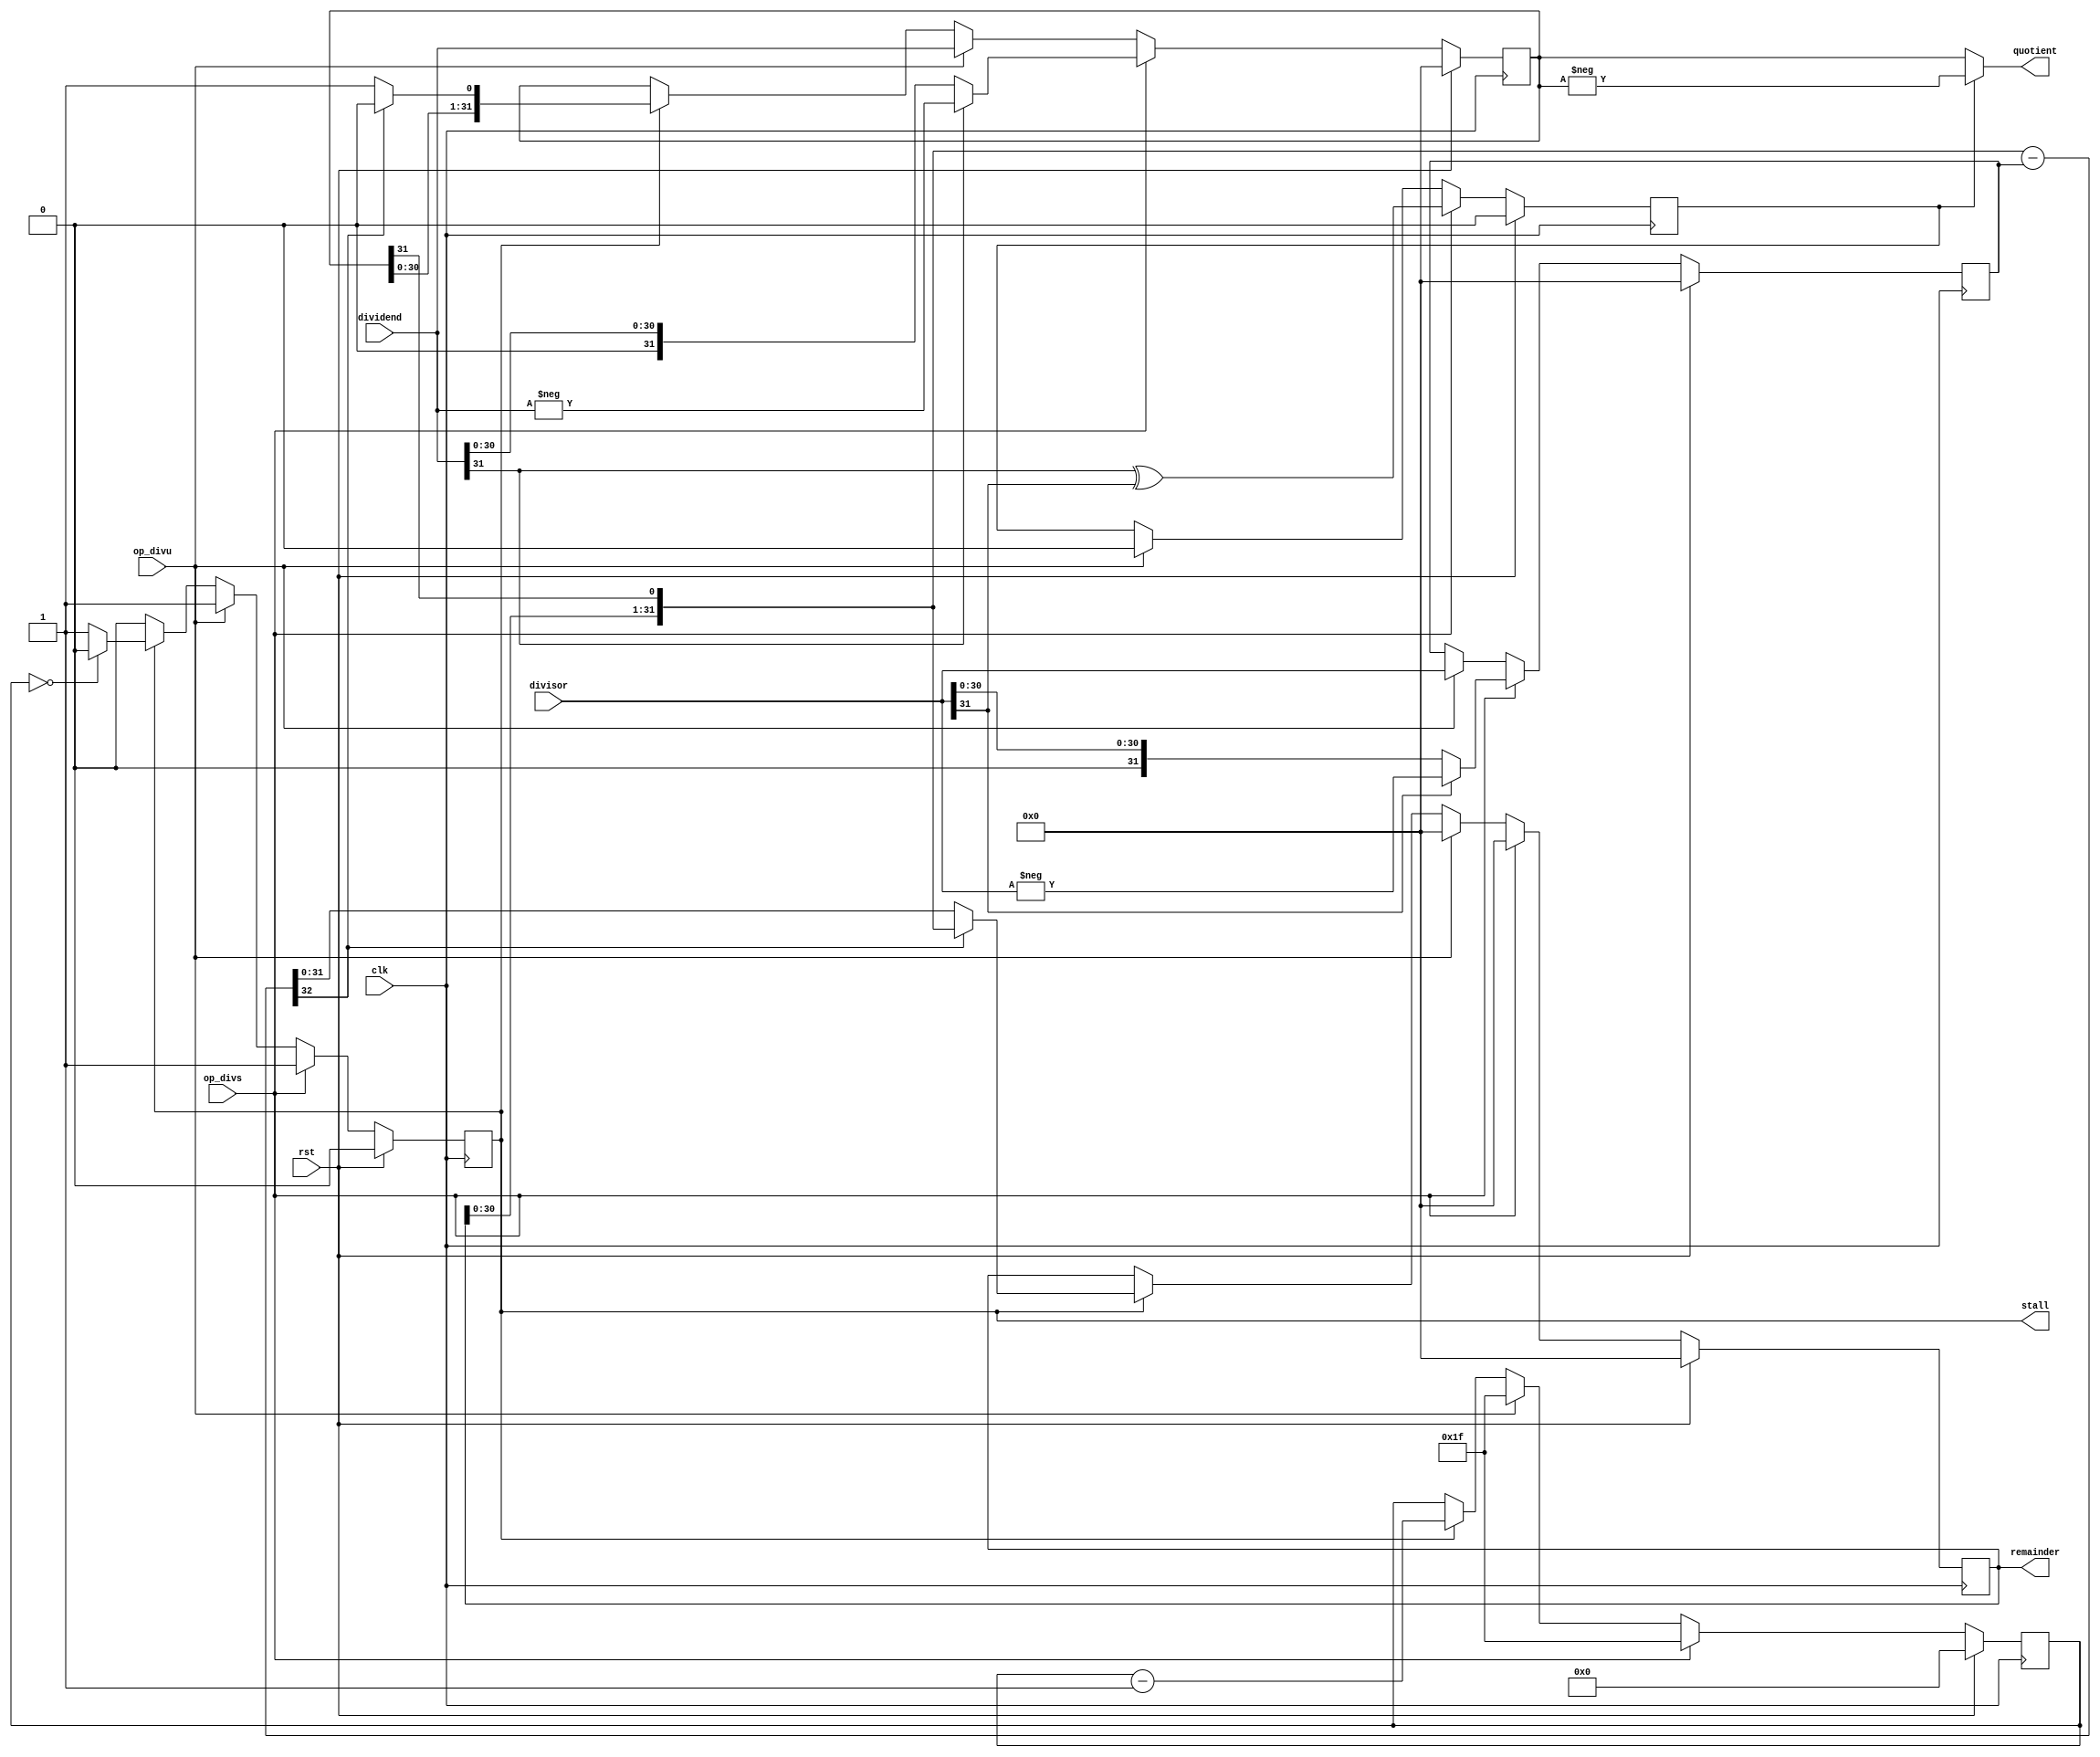
//==================================================================================================
//  Revision      : 1.0
//  Company       : Universidad Simn Bolvar
//
//  Description   : The multi-cycle Divider unit.
//                  op_div and op_divu MUST BE dis-asserted after the setup
//                  cycle for normal operation, or the operation will be
//                  restarted
//                  WARNING: no exception if divisor == 0.
//==================================================================================================

module musb_div(
    input           clk,            // clock
    input           rst,            // reset
    input           op_divs,        // 1 for signed operation
    input           op_divu,        // 1 for unsigned operation
    input   [31:0]  dividend,       // Operand
    input   [31:0]  divisor,        // Operand
    output  [31:0]  quotient,       // Result
    output  [31:0]  remainder,      // Result
    output          stall           // 1 while calculating
    );

    //--------------------------------------------------------------------------
    // Signal Declaration: reg
    //--------------------------------------------------------------------------
    reg             active;             // 1 while running
    reg             neg_result;         // 1 if the result will be negative
    reg     [4:0]   cycle;              // number of cycles needed.
    reg     [31:0]  result;             // Store the result.
    reg     [31:0]  denominator;        // divisor
    reg     [31:0]  residual;           // current remainder

    //--------------------------------------------------------------------------
    // Signal Declaration: wire
    //--------------------------------------------------------------------------
    wire    [32:0]  partial_sub;        // temp

    //--------------------------------------------------------------------------
    // assignments
    //--------------------------------------------------------------------------
    assign quotient    = !neg_result ? result : -result;
    assign remainder   = residual;
    assign stall       = active;
    assign partial_sub = {residual[30:0], result[31]} - denominator;            // calculate partial result

    //--------------------------------------------------------------------------
    // State Machine. This needs 32 cycles to calculate the result.
    // The result is loaded after 34 cycles
    // The first cycle is setup.
    //--------------------------------------------------------------------------
    always @(posedge clk) begin
        if (rst) begin
            active      <= 1'b0;
            neg_result  <= 1'b0;
            cycle       <= 5'b0;
            result      <= 32'b0;
            denominator <= 32'b0;
            residual    <= 32'b0;
        end
        else begin
            if(op_divs) begin
                // Signed division.
                cycle       <= 5'd31;
                result      <= (dividend[31] == 1'b0) ? dividend : -dividend;
                denominator <= (divisor[31] == 1'b0) ? divisor : -divisor;
                residual    <= 32'b0;
                neg_result  <= dividend[31] ^ divisor[31];
                active      <= 1'b1;
            end
            else if (op_divu) begin
                // Unsigned division.
                cycle       <= 5'd31;
                result      <= dividend;
                denominator <= divisor;
                residual    <= 32'b0;
                neg_result  <= 1'b0;
                active      <= 1'b1;
            end
            else if (active) begin
                // run a iteration
                if(partial_sub[32] == 1'b0) begin
                    residual <= partial_sub[31:0];
                    result   <= {result[30:0], 1'b1};
                end
                else begin
                    residual <= {residual[30:0], result[31]};
                    result   <= {result[30:0], 1'b0};
                end

                if (cycle == 5'b0) begin
                    active <= 1'b0;
                end

                cycle <= cycle - 5'd1;
            end
        end
    end
endmodule